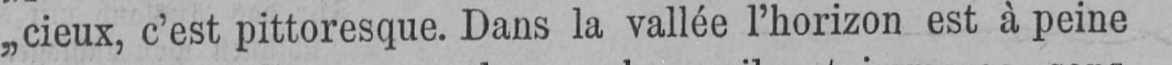
„cieux, c’est pittoresque. Dans la vallée l’horizon est à peine